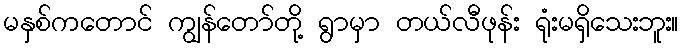
မနှစ်ကတောင် ကျွန်တော်တို့ ရွာမှာ တယ်လီဖုန်း ရုံးမရှိသေးဘူး။